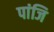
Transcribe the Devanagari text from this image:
पांजि